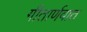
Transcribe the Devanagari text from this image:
गीतार्णवात